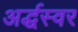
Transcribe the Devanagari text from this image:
अर्द्धस्वर